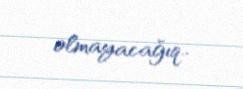
olmayacağıq..